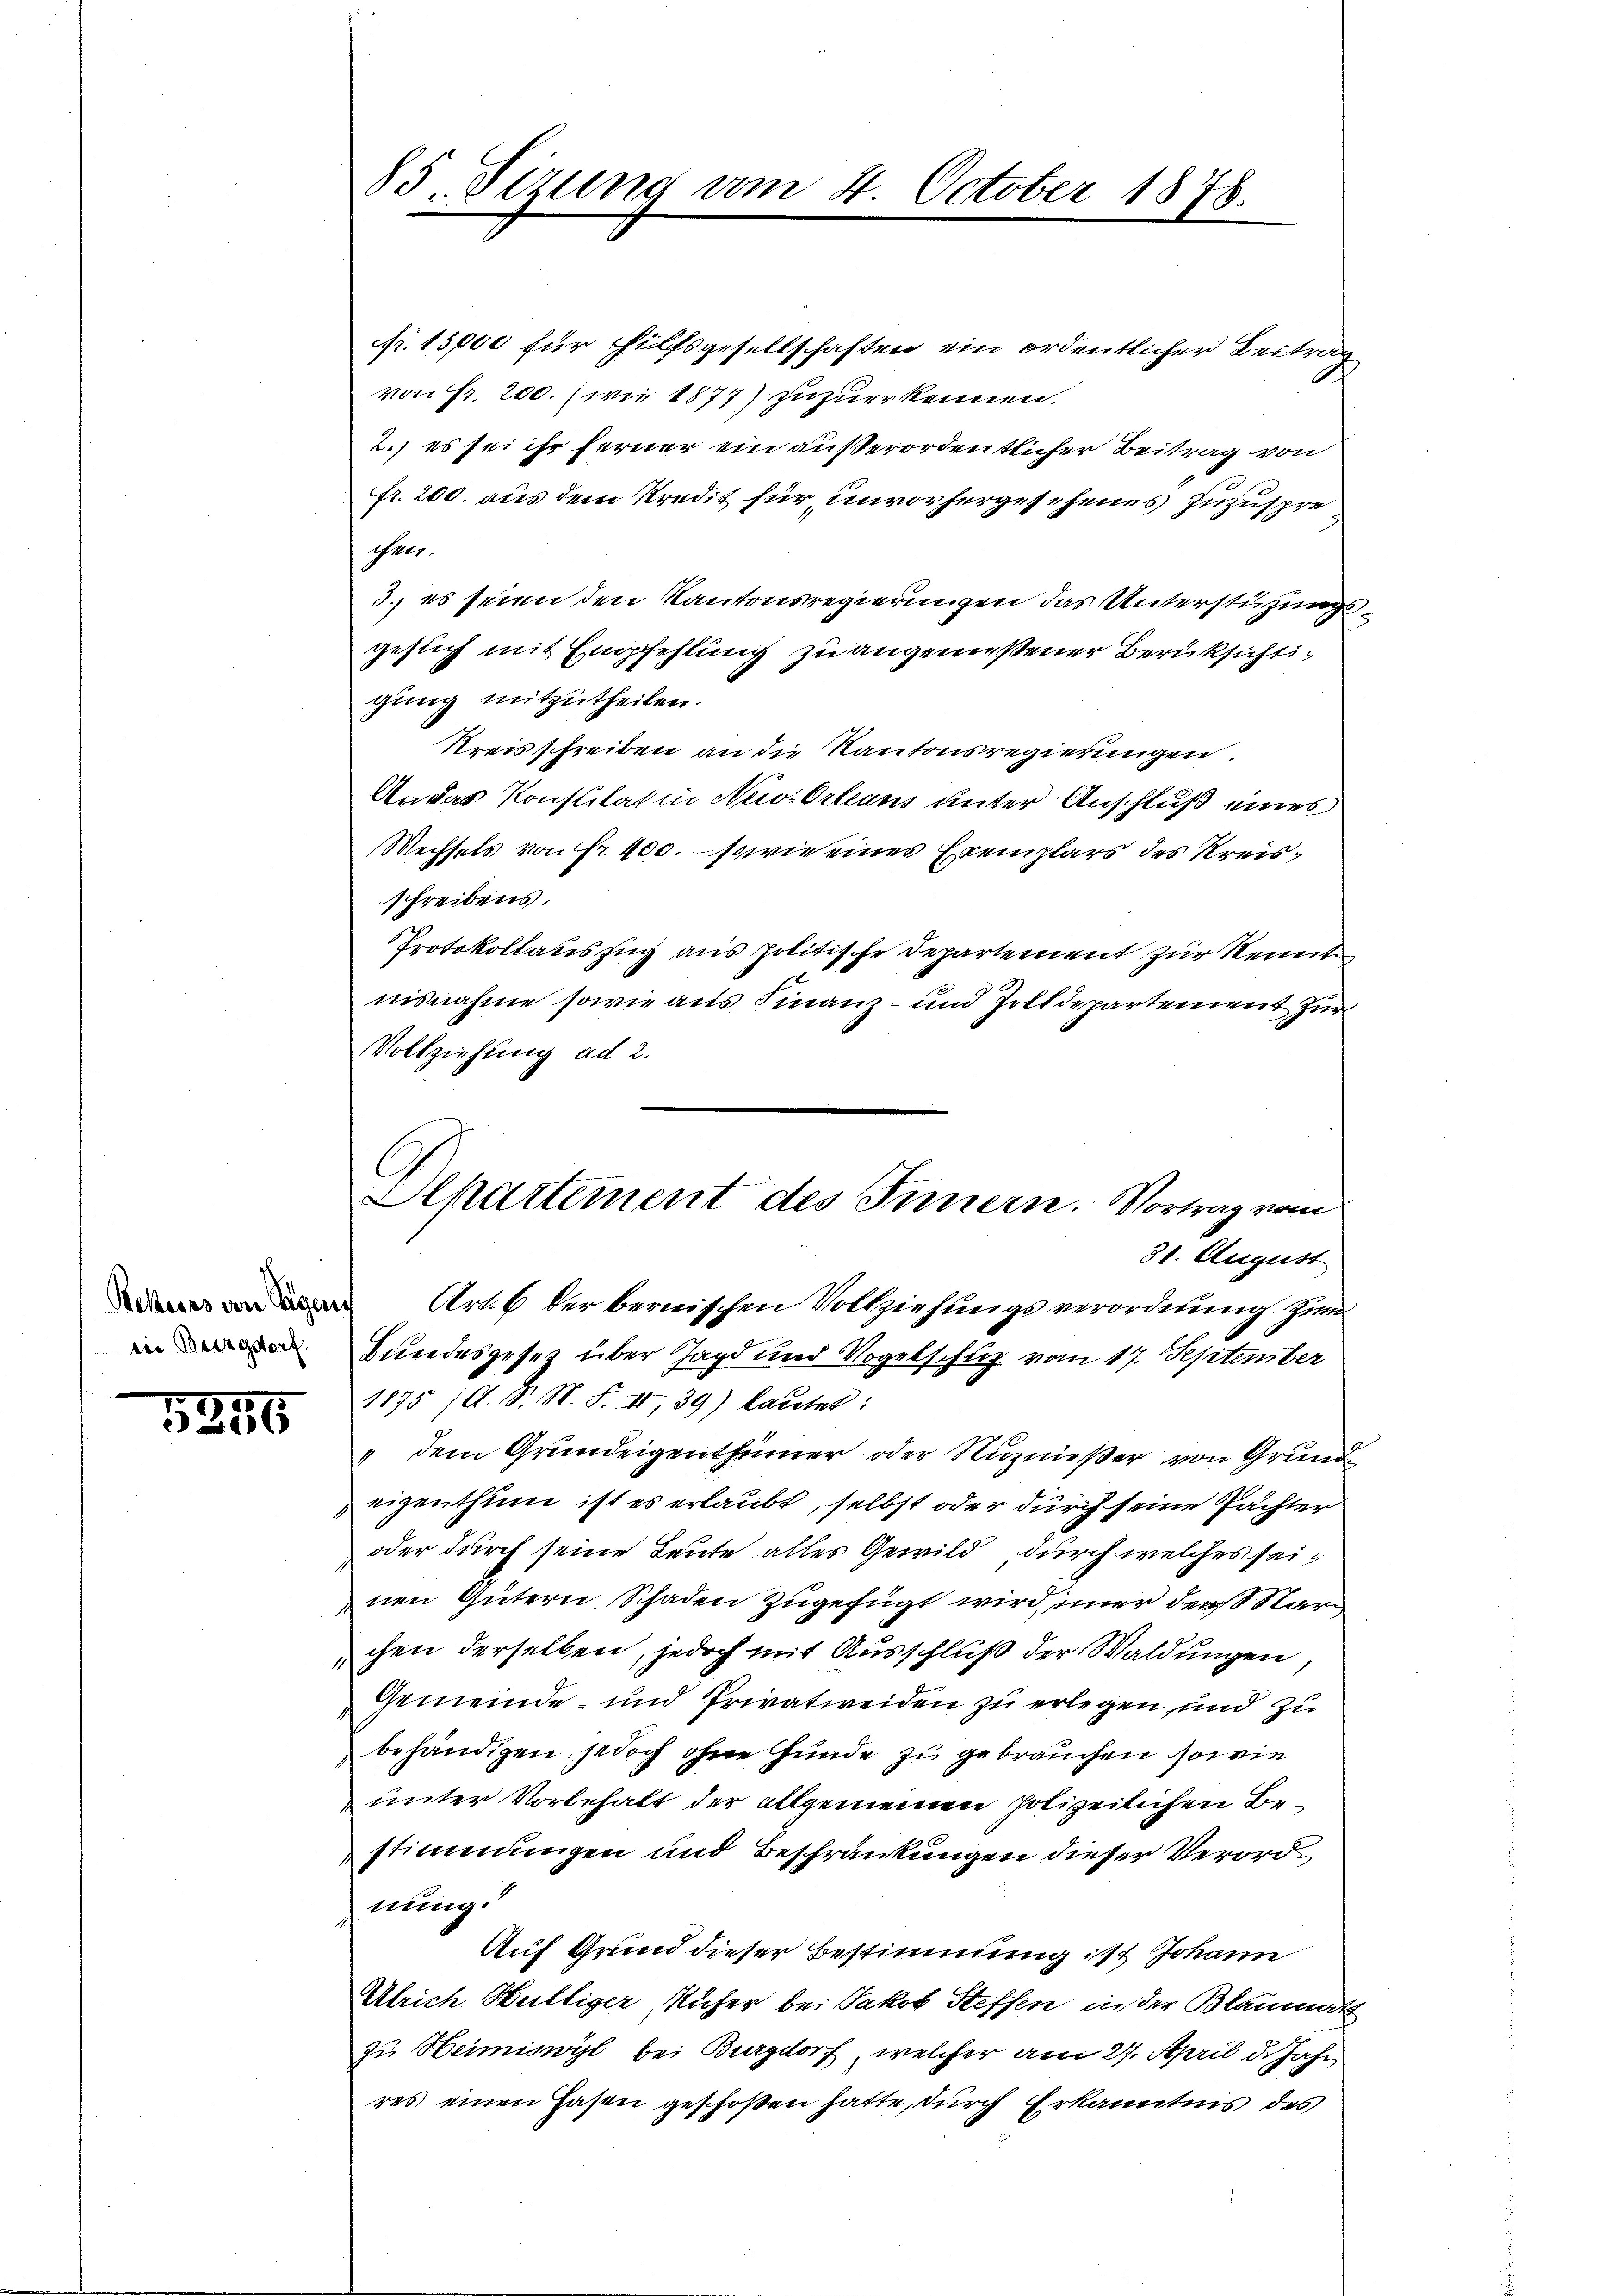
Bekieses von Eigen
eie Burgdorf.

1846

85. Sizung am 4. October 1878.

fr. 15,000 für Hilfsgesellschaften ein ordentlicher Beitrag
von Fr. 200. (wie 1877) zuzuerkennen.
2.) es sei ihr ferner ein außerordentlicher Beitrag von
fr. 200. aus dem Kredit für unvorhergesehenes zuzuspre¬
Meer.
3. es seien den Kantonsregierungen das Unterstüzungs
gesuch mit Empfehlung zu angemeßener Berüksichtigung mitzutheilen.
Kreisschreiben an die Kantonsregierungen.
An das Konstitat in Nu-Orleans unter Anschluß eines
Wechsels von Fr. 400. – sowie eines Exemplars des Kreisschreibens.
Protokollauszug aus politische Departement zur Kennt
nisnahme sowie aus Finanz- und Zolldepartement zur
Vollziehung ad 2.
Art. 6 der bernischen Vollziehungsverordnung zum
Bundesgesetz über Jagd und Vogelschuz vom 17. September
1175 (O. S. N. F. II, 39) lautet:
„dem Grundeigenthümer oder Nutznießer von Grund
eigenthum ist es erlaubt, selbst oder durch seine Pächter
oder durch seine Leute alles Gewild, durch welches seinen Gütern, Schaden zugefügt wird, immer der Nar
chen derselben, jedoch mit Ausschluß der Waldungen,
Gemeinde und Privatweiden zu erlegen, und zu
behändigen, jedoch ohne Hunde zu gebrauchen sowie
unter Vorbehalt der allgemeinen polizeilichen Bestimmungen und Beschränkungen dieser Verordnung.
Auf Grund dieser Bestimmung ist Johann
Ulrich Hüttiger, Ruher bei Jakob Steffen in der Blaumet
zu Heimiswyl bei Burgdorf, welcher am 27. April d. Jahr
res einen Hasen geschoßen hatte, durch Erkanntnis des

Alpartement des Innern. Vortrag vom
31. August